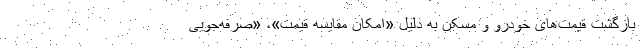
بازگشت قیمت‌های خودرو و مسکن به دلیل «امکان مقایسه قیمت»، «صرفه‌جویی